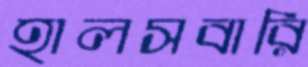
হালসবারি